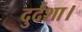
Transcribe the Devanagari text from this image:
दुर्दशा।